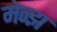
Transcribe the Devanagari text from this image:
मेन्झ